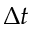
\Delta t